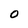
Character: 0